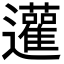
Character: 𨙕